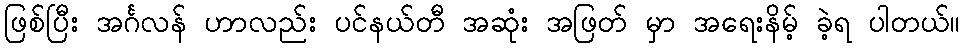
ဖြစ်ပြီး အင်္ဂလန် ဟာလည်း ပင်နယ်တီ အဆုံး အဖြတ် မှာ အရေးနိမ့် ခဲ့ရ ပါတယ်။